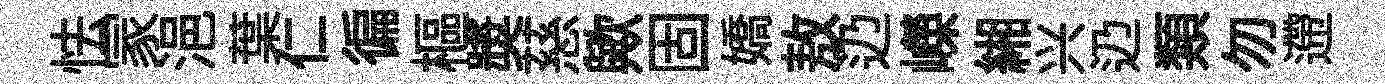
怯冡浥葉仁徧樞奬慈歟固嬌敖辸嶸緗兴辸類勿遰